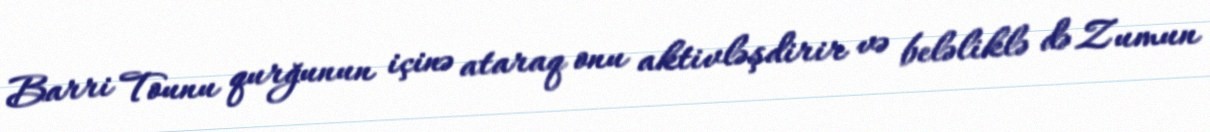
Barri Tounu qurğunun içinə ataraq onu aktivləşdirir və beləliklə də Zumun